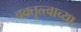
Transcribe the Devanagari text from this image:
वक्तृत्त्वाच्या